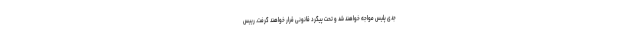
جدی پلیس مواجه خواهند شد و تحت پیگرد قانونی قرار خواهند گرفت. رییس